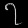
Digit: ၇